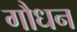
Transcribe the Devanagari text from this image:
गौधन